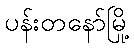
ပန်းတနော်မြို့